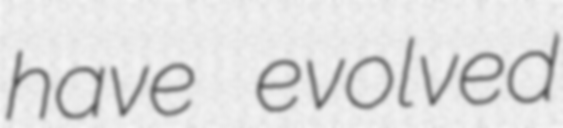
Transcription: have evolved